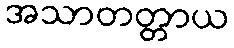
အသာတတ္တာယ